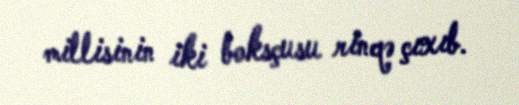
millisinin iki boksçusu rinqə çıxıb.